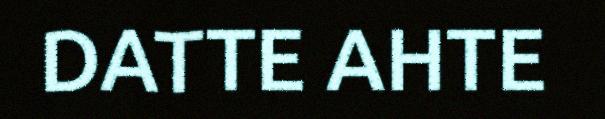
DATTE AHTE